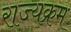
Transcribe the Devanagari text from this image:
राज्यक्रम